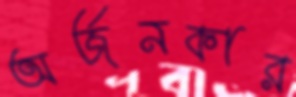
অর্জনকার